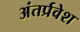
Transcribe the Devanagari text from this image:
अंतर्प्रवेश